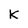
Character: k